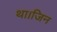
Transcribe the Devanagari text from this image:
था।जिन